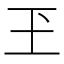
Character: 玊